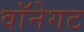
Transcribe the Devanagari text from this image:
वॉनेगट